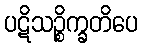
ပဋိသဉ္စိက္ခတိပေ